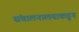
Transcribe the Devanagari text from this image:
संचालनालयाकडून